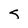
Character: s